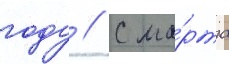
году // С ма́рта